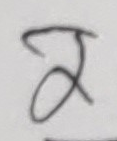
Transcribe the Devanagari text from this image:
र